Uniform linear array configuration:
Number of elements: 4
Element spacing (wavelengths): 1
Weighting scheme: cosine
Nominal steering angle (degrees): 15
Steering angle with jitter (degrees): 15.26
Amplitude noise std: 0.05
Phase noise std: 0.05

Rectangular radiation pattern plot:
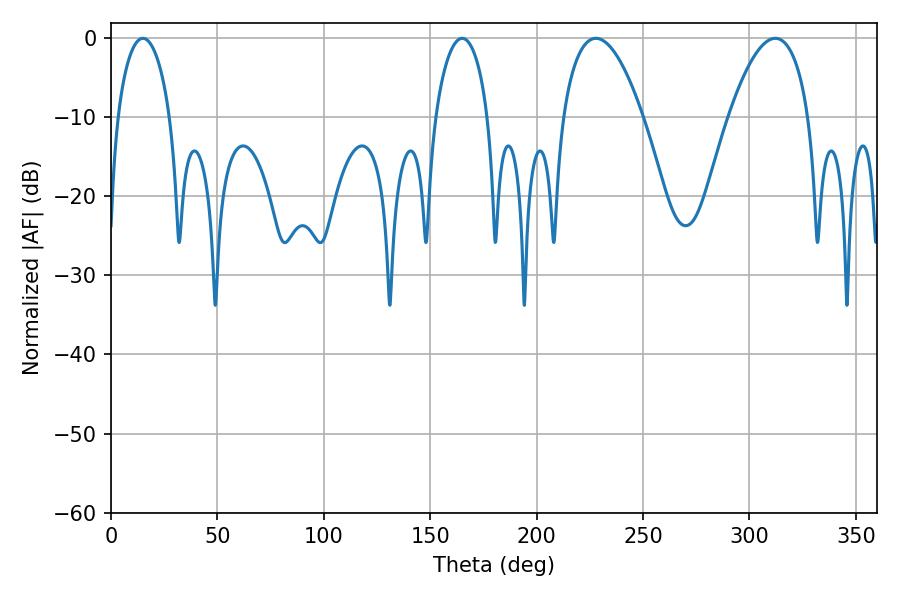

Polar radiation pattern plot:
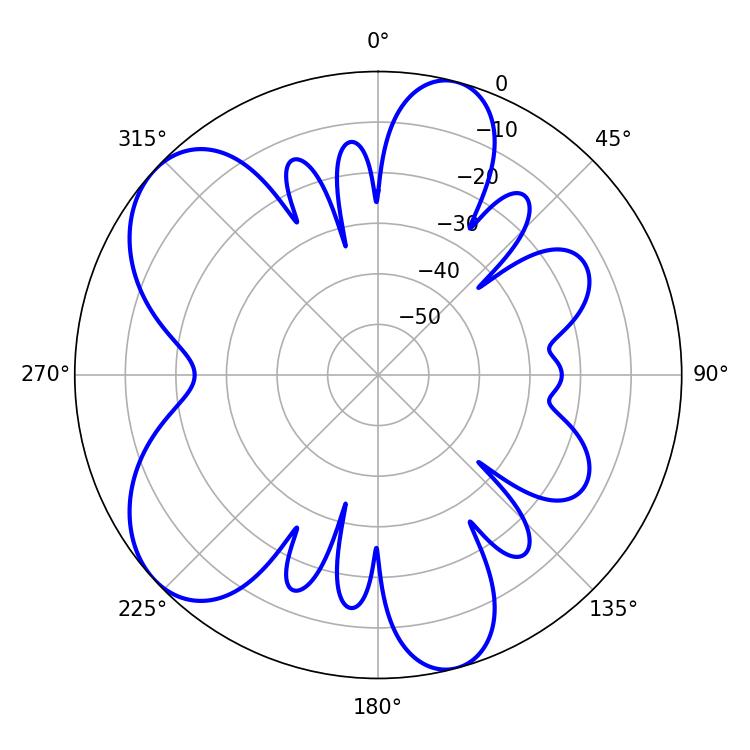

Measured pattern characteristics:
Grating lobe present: TRUE
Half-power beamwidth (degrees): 20.88
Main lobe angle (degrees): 227.88